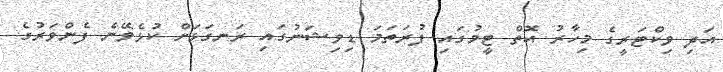
އަދި ވިކްޓަރީގެ މިހާރު އޮތް ޓީމުގައި ފުރަތަމަ ޑިވިޝަނުގައި ރަނގަޅަށް ކުޅެވޭނެ ފެންވަރުގެ